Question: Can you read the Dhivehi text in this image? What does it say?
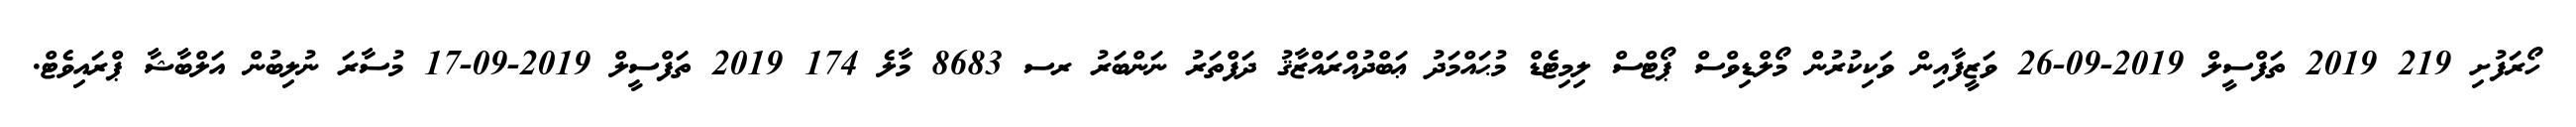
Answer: ހޯރަފުށި 219 2019 ތަފްސީލް 2019-09-26 ވަޒީފާއިން ވަކިކުރުން މޯލްޑިވްސް ޕޯޓްސް ލިމިޓެޑް މުޙައްމަދު ޢަބްދުއްރައްޒާޤު ދަފްތަރު ނަންބަރު ރސ 8683 މާލެ 174 2019 ތަފްސީލް 2019-09-17 މުސާރަ ނުލިބުން އަލްބާޝާ ޕްރައިވެޓް.